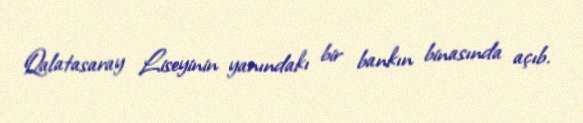
Qalatasaray Liseyinin yanındakı bir bankın binasında açıb.